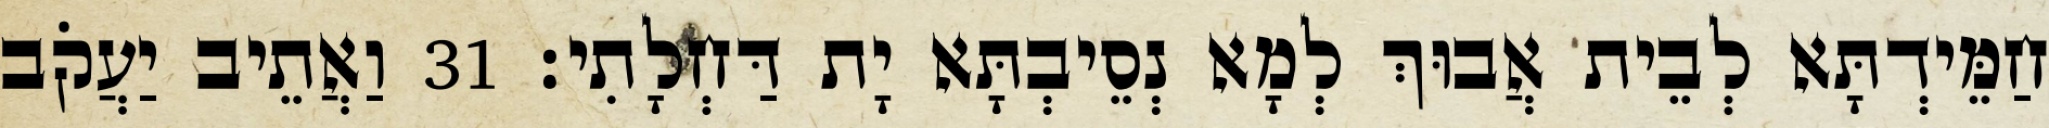
חַמֵּידְתָּא לְבֵית אֲבוּךְ לְמָא נְסֵיבְתָּא יָת דַּחְלָתִי׃ 31 וַאֲתֵיב יַעֲקֹב